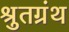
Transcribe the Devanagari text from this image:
श्रुतग्रंथ